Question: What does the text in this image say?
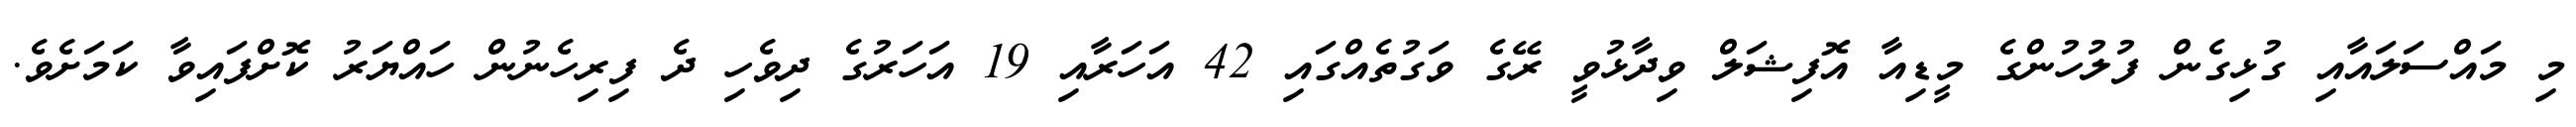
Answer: މި މައްސަލައާއި ގުޅިގެން ފުލުހުންގެ މީޑިއާ އޮފިޝަލް ވިދާޅުވީ ރޭގެ ވަގުތެއްގައި 42 އަހަރާއި 19 އަހަރުގެ ދިވެހި ދެ ފިރިހެނުން ހައްޔަރު ކޮށްފައިވާ ކަމަށެވެ.